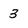
Character: 3